Report of an investigation into the causes of malaria in Bombay and the measures necessary for its control
Disease focus: Malaria
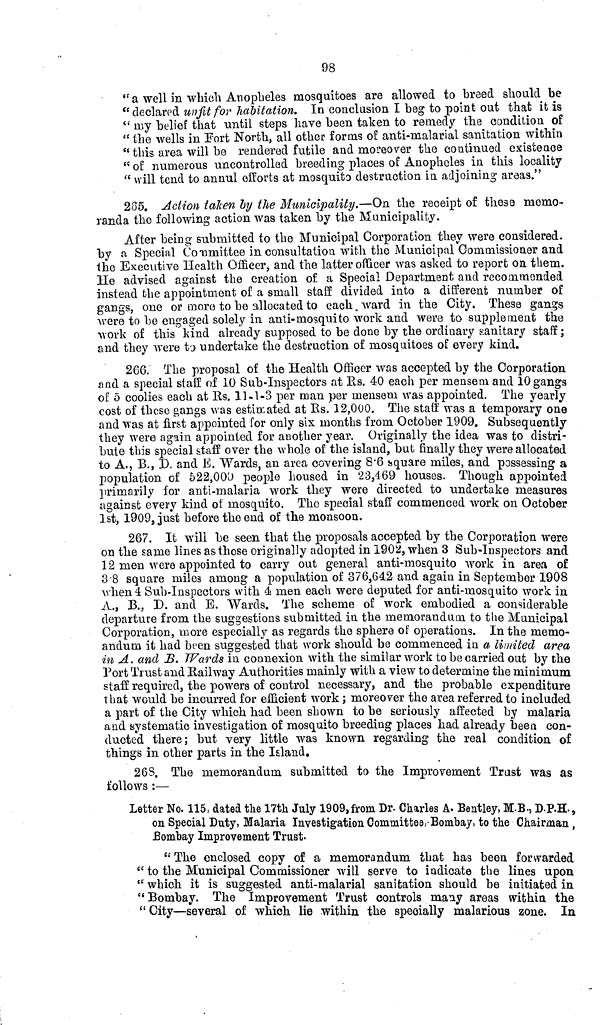
98
"a well in which Anopheles mosquitoes are allowed to breed should be
" declared unfit for habitation. In conclusion I beg to point out that it is
" my belief that until steps have been taken to remedy the condition of
" the wells in Fort North, all other forms of anti-malarial sanitation within
" this area will be rendered futile and moreover the continued existence
" of numerous uncontrolled breeding places of Anopholes in this locality
" will tend to annul efforts at mosquito destruction in adjoining areas."
285. Action taken by the Municipality.—On the receipt of these memo-
randa the following action was taken by the Municipality.
After being submitted to the Municipal Corporation they were considered,
by a Special Committee in consultation with the Municipal Commissioner and
the Executive Health Officer, and the latter officer was asked to report on them.
He advised against the creation of a Special Department and recommended
instead the appointment of a small staff divided into a different number of
gangs, one or more to be allocated to each ward in the City. These gangs
were to be engaged solely in anti-mosquito work and were to supplement the
work of this kind already supposed to be done by the ordinary sanitary staff;
and they were to undertake the destruction of mosquitoes of every kind.
266. The proposal of the Health Officer was accepted by the Corporation
and a special staff of 10 Sub-Inspectors at Us. 40 each per mensem and 10 gangs
of 5 coolies each at Us. 11-1-3 per man per mensem was appointed. The yearly
cost of these gangs was estimated at Rs. 12,000. The staff was a temporary one
and was at first appointed for only six months from October 1909. Subsequently
they were again appointed for another year. Originally the idea was to distri-
bute this special staff over the whole of the island, but finally they were allocated
to A., B., D. and B. Wards, an area covering 8.6 square miles, and possessing a
population of 522,000 people housed in 23,469 houses. Though appointed
primarily for anti-malaria work they were directed to undertake measures
against every kind of mosquito. The special staff commenced work on October
1st, 1909, just before the end of the monsoon.
267. It will be seen that the proposals accepted by the Corporation were
on the same lines as those originally adopted in 1902, when 3 Sub-Inspectors and
12 men were appointed to carry out general anti-mosquito work in area of
3 8 square miie3 among a population of 376,612 and again in September 1908
when 4 Sub-Inspectors with 4 men each were deputed for anti-mosquito work in
A., 3., D. and E. Wards. The scheme of work embodied a considerable
departure from the suggestions submitted in the memorandum to the Municipal
Corporation, more especially as regards the sphere of operations. In the memo-
andum it had been suggested that work should be commenced in a limited area
in A. and B. Wards in connexion with the similar work to be carried out by the
Port Trust and Railway Authorities mainly with a view to determine the minimum
staff required, the powers of control necessary, and the probable expenditure
that would be incurred for efficient work; moreover the area referred to included
a part of the City which had been shown to be seriously affected by malaria
and systematic investigation of mosquito breeding places had already been con-
ducted there; but very little was known regarding the real condition of
things in other parts in the Island.
26S. The memorandum submitted to the Improvement Trust was as
follows :—
Letter No. 115, dated the 17th July 1909, from Dr. Charles A. Bentley, M.B., D.P.H.,
on Special Duty, Malaria Investigation Committee, Bombay, to the Chairman ,
Bombay Improvement Trust.
"The enclosed copy of a memorandum that has been forwarded
" to the Municipal Commissioner will serve to indicate the lines upon
" which it is suggested anti-malarial sanitation should be initiated in
"Bombay. The Improvement Trust controls may areas within the
"City—several of which lie within the specially malarious zone. In